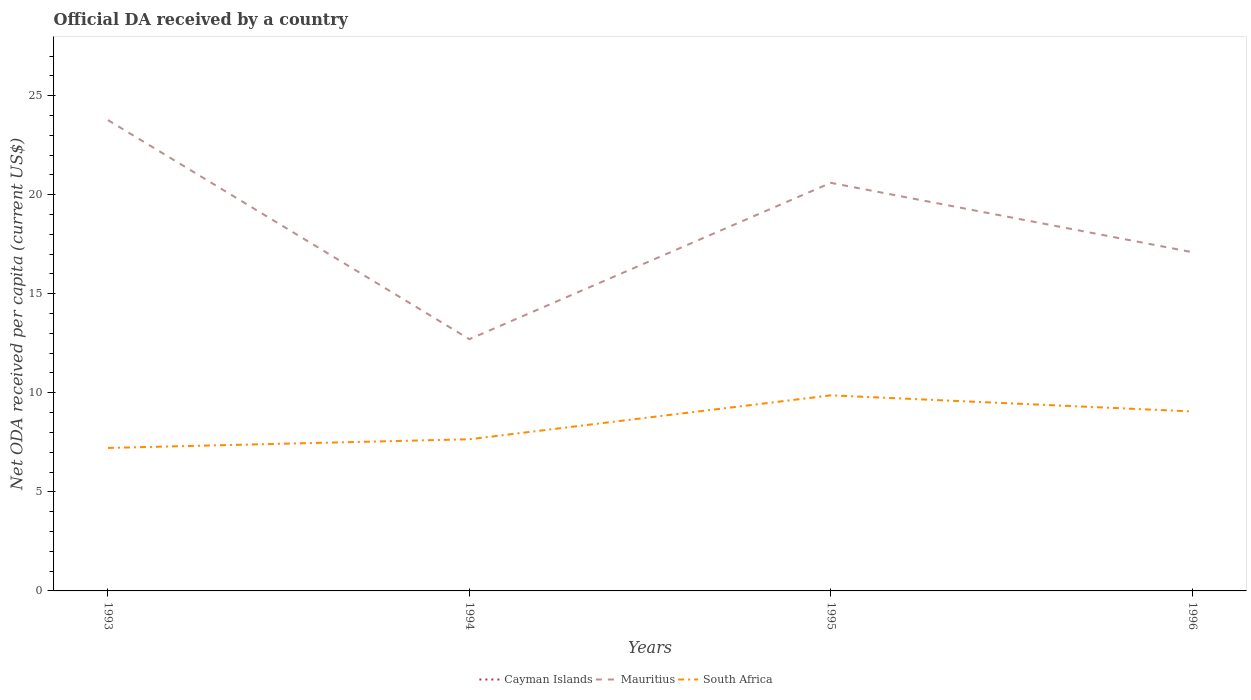
| Years | Cayman Islands | Mauritius | South Africa |
 | --- | --- | --- | --- |
 | 1993 | -16.1 | 23.8 | 7.22 |
 | 1994 | -33.9 | 12.7 | 7.66 |
 | 1995 | -18 | 20.6 | 9.87 |
 | 1996 | -60.5 | 17.1 | 9.06 |